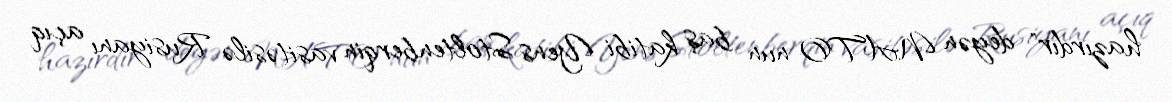
hazırdır" deyən NATO-nun baş katibi Yens Stoltenberqin vasitəsilə Rusiyanı açıq